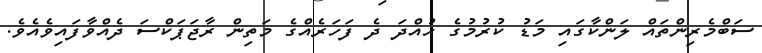
ސަބްމެރިންތައް ލަންކާގައި މަޑު ކުރުމުގެ ހުއްދަ ދެ ފަހަރެއްގެ މަތިން ރާޖަޕަކްސަ ދެއްވާފައިވެއެވެ.